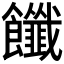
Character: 𩟶